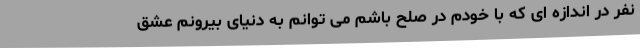
نفر در اندازه ای که با خودم در صلح باشم می توانم به دنیای بیرونم عشق